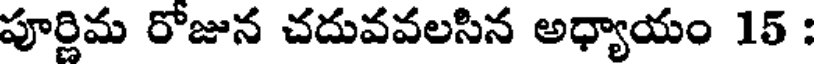
పూర్ణిమ రోజున చదువవలసిన అధ్యాయం 15 :